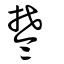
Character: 棽